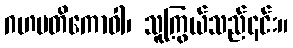
ဂဟပတိကောဝါ၊ သူကြွယ်သည်၎င်း။